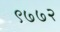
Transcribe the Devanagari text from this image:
९७७२